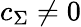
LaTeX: c_{\Sigma}\neq 0